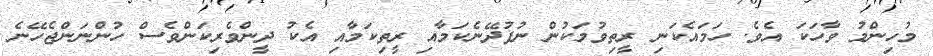
މުހިންމު ވާހަކަ އެވެ. ހަމައެކަނި ރީތިވުމަކުން ނުފުދޭނެކަމާއި ރީތިކަމާއި އެކު ދީންވެރިކަންވެސް ހުންނަންޖެހޭނެ